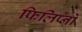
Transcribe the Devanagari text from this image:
फिलिप्नो